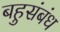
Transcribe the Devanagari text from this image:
बहुसंबंध